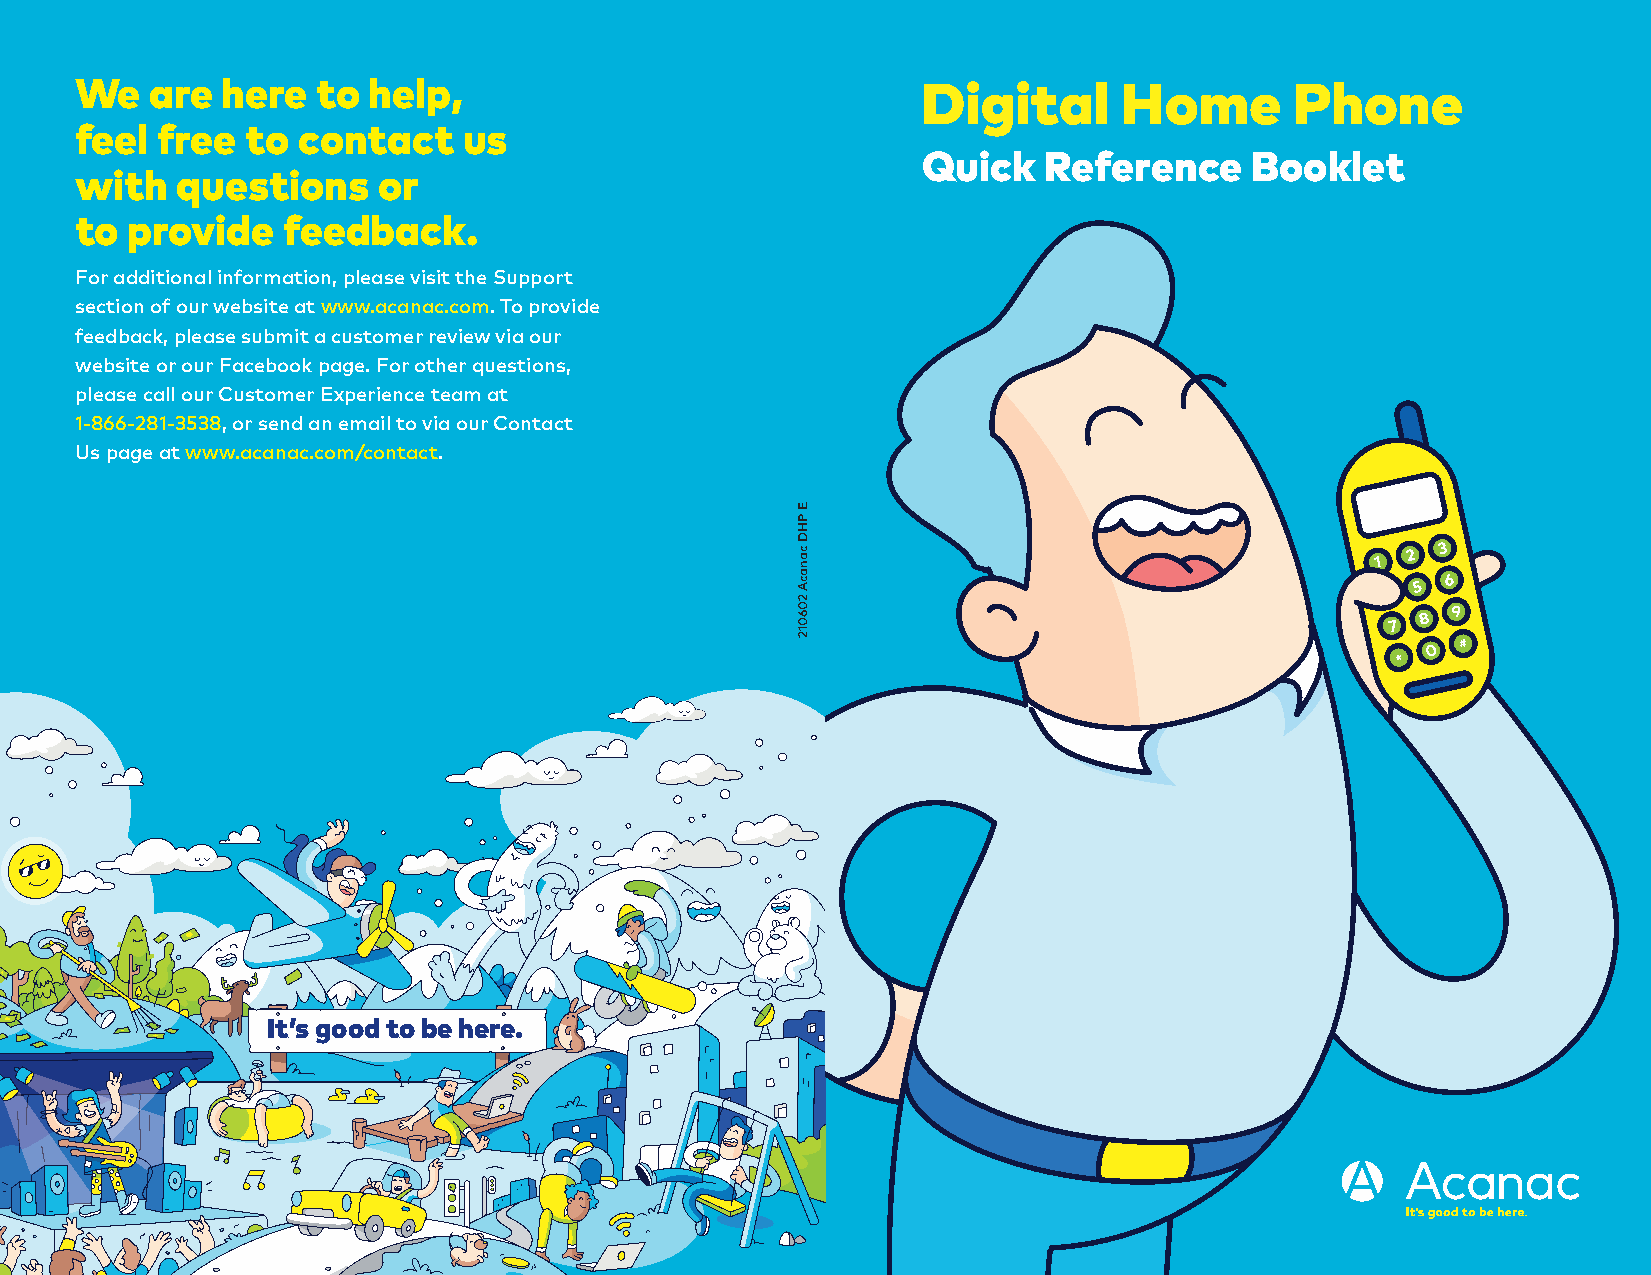
We   are  here  to help,                                Digital      Home        Phone
 feel free  to  contact    us
 Quick   Reference     Booklet
 with   questions    or
 to provide    feedback.
 For additional information, please visit the Support
 section of our website at www.acanac.com. To provide
 feedback, please submit a customer review via our
 website or our Facebook page. For other questions,
 please call our Customer Experience team at
 1-866-281-3538, or send an email to via our Contact
 Us page at www.acanac.com/contact.
 It’s good to be here.
 E
 PHD
 canacA
 206012